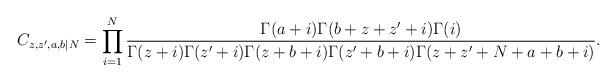
LaTeX: \begin{align*}C_{z, z', a, b|N} = \prod_{i=1}^N{\frac{\Gamma(a+i)\Gamma(b+z+z'+i)\Gamma(i)}{\Gamma(z+i)\Gamma(z'+i)\Gamma(z+b+i)\Gamma(z'+b+i)\Gamma(z+z'+N+a+b+i)}}.\end{align*}